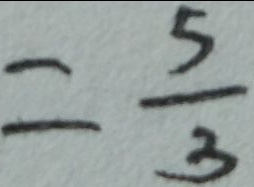
= \frac { 5 } { 3 }